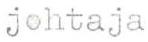
johtaja